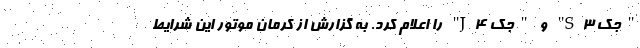
"جک S3" و "جک J4" را اعلام کرد. به گزارش از کرمان موتور این شرایط